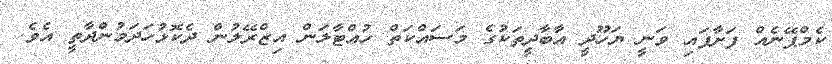
ކެމްޕޭނެއް ފަށާފައި ވަނީ ޔަހޫދީ އާބާދީތަކުގެ މަސައްކަތް ހުއްޓާލަން އިޒްރޭލުން ދެކޮޅުހަދަމުންދާތީ އެވެ.